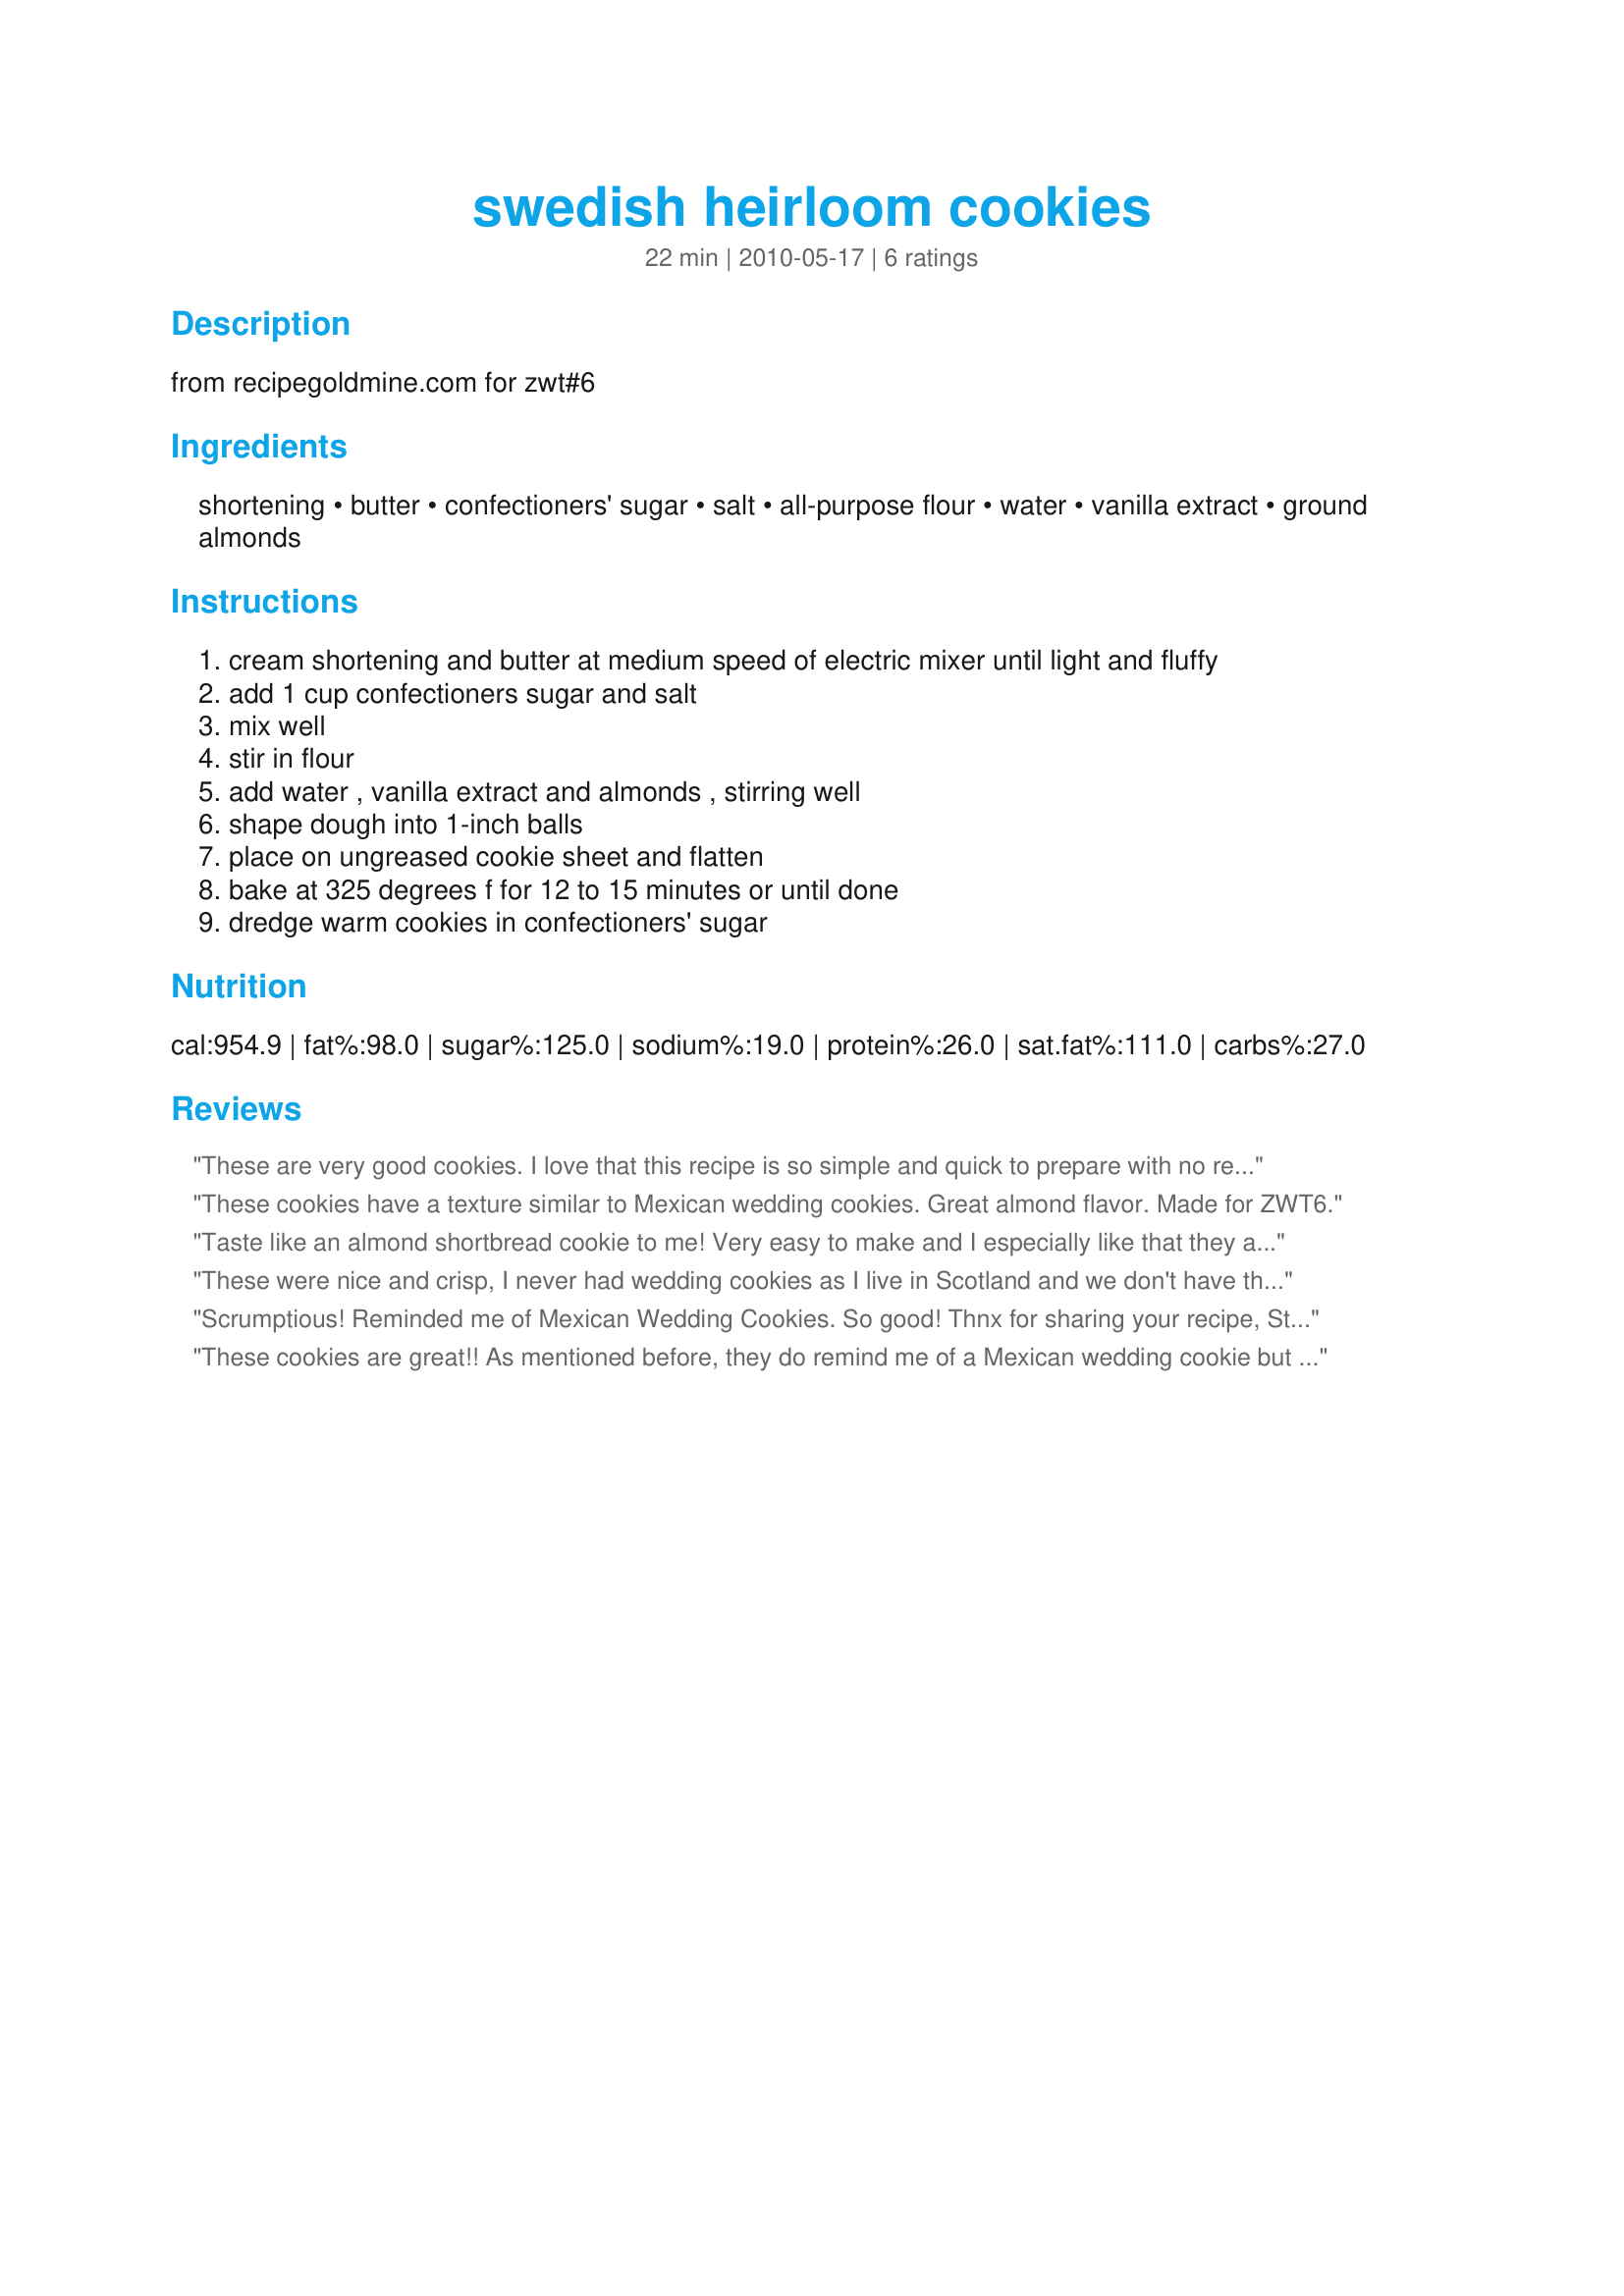
swedish heirloom cookies
Preparation time: 22 minutes

from recipegoldmine.com for zwt#6

Ingredients:
shortening, butter, confectioners' sugar, salt, all-purpose flour, water, vanilla extract, ground almonds

Steps:
cream shortening and butter at medium speed of electric mixer until light and fluffy
add 1 cup confectioners sugar and salt
mix well
stir in flour
add water , vanilla extract and almonds , stirring well
shape dough into 1-inch balls
place on ungreased cookie sheet and flatten
bake at 325 degrees f for 12 to 15 minutes or until done
dredge warm cookies in confectioners' sugar

Reviews:
These are very good cookies. I love that this recipe is so simple and quick to prepare with no refrigeration or rolling out of dough required. I was a bit leery of using a whole tablespoon of vanilla extract but the result was delicious. Made for ZWT6 ZINGO
These cookies have a texture similar to Mexican wedding cookies. Great almond flavor. Made for ZWT6.
Taste like an almond shortbread cookie to me! Very easy to make and I especially like that they are bit sized so I can eat more. Made for ZWT6 by an Unruly Under the Influence for Zingo! ZWT 6
These were nice and crisp, I never had wedding cookies as I live in Scotland and we don't have them, so i can't compare but i just know that I liked them a lot. I am quite new to cookie making so it's nice to find another one to add to the list. I will be making them again. I am off to my family get together and I am sure they will be a hit. Thank you for posting. Made for ZWT#6 2010.
Scrumptious! Reminded me of Mexican Wedding Cookies. So good! Thnx for sharing your recipe, Studentchef. Made for the Voracious Vagabonds of ZWT 6.
These cookies are great!! As mentioned before, they do remind me of a Mexican wedding cookie but more "almondy". Thanks- made for ZWT6 and the Xtra Hot Dishes.
